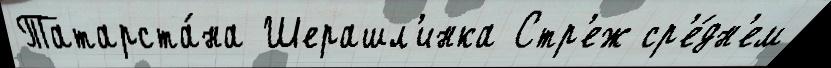
Татарста́на Шерашл'инка Стр'еж ср'е́дн'ем